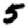
Digit: 5